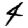
Digit: 4